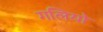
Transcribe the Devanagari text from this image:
गलियो